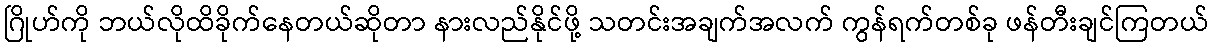
ဂြိုဟ်ကို ဘယ်လိုထိခိုက်နေတယ်ဆိုတာ နားလည်နိုင်ဖို့ သတင်းအချက်အလက် ကွန်ရက်တစ်ခု ဖန်တီးချင်ကြတယ်